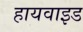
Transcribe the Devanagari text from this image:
हायवाइड